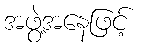
အဖွဲ့အနေဖြင့်